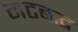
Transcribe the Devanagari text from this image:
गटबद्ध